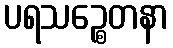
ပရသဉ္စေတနာ